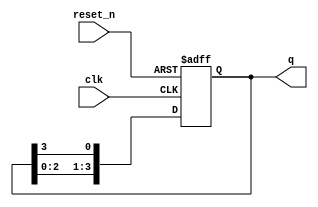
module ring_counter (
    input wire clk,          // Clock input
    input wire reset_n,     // Active-low asynchronous reset
    output reg [N-1:0] q    // Output state of the counter
);
    parameter N = 4;        // Number of flip-flops (change as needed)

    // Asynchronous reset and synchronous counting
    always @(posedge clk or negedge reset_n) begin
        if (!reset_n) begin
            // Reset state: only the first flip-flop is set to '1'
            q <= 1'b1;
        end else begin
            // Shift the '1' through the flip-flops
            q <= {q[N-2:0], q[N-1]};
        end
    end
endmodule